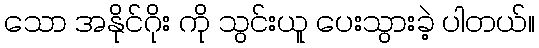
သော အနိုင်ဂိုး ကို သွင်းယူ ပေးသွားခဲ့ ပါတယ်။